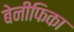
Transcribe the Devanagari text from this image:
बेनीफिका